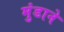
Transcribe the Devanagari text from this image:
मुंडाने